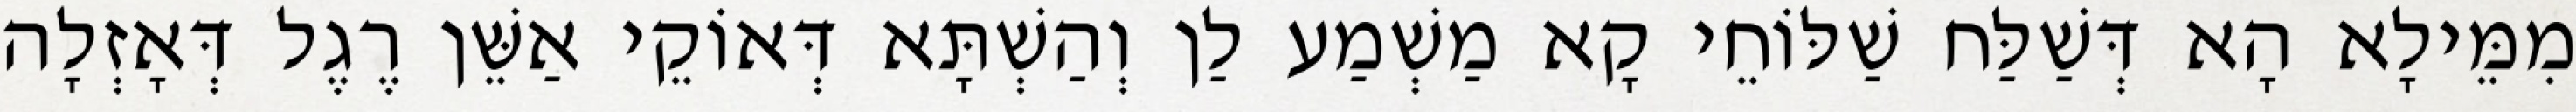
מִמֵּילָא הָא דְּשַׁלַּח שַׁלּוֹחֵי קָא מַשְׁמַע לַן וְהַשְׁתָּא דְּאוֹקֵי אַשֵּׁן רֶגֶל דְּאָזְלָה